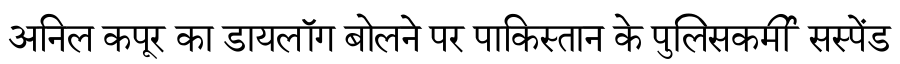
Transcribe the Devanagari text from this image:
अनिल कपूर का डायलॉग बोलने पर पाकिस्तान के पुलिसकर्मी सस्पेंड